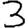
Digit: 3